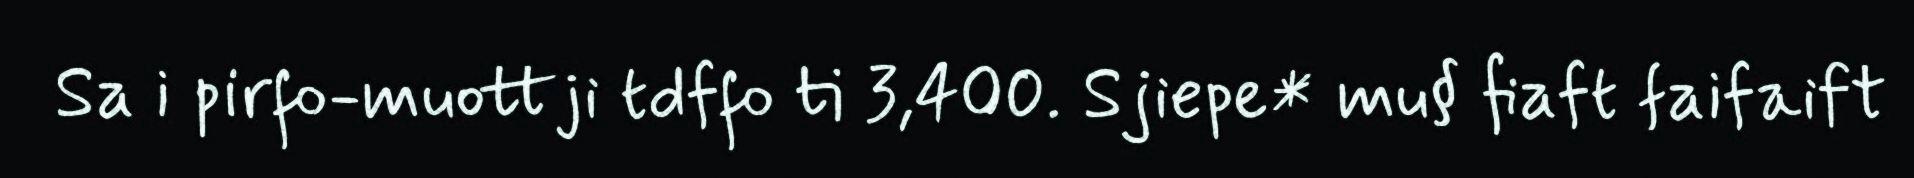
Sa i pirfo-muottji tdffo ti 3,400. Sjiepe* mu§ fiaft faifaift